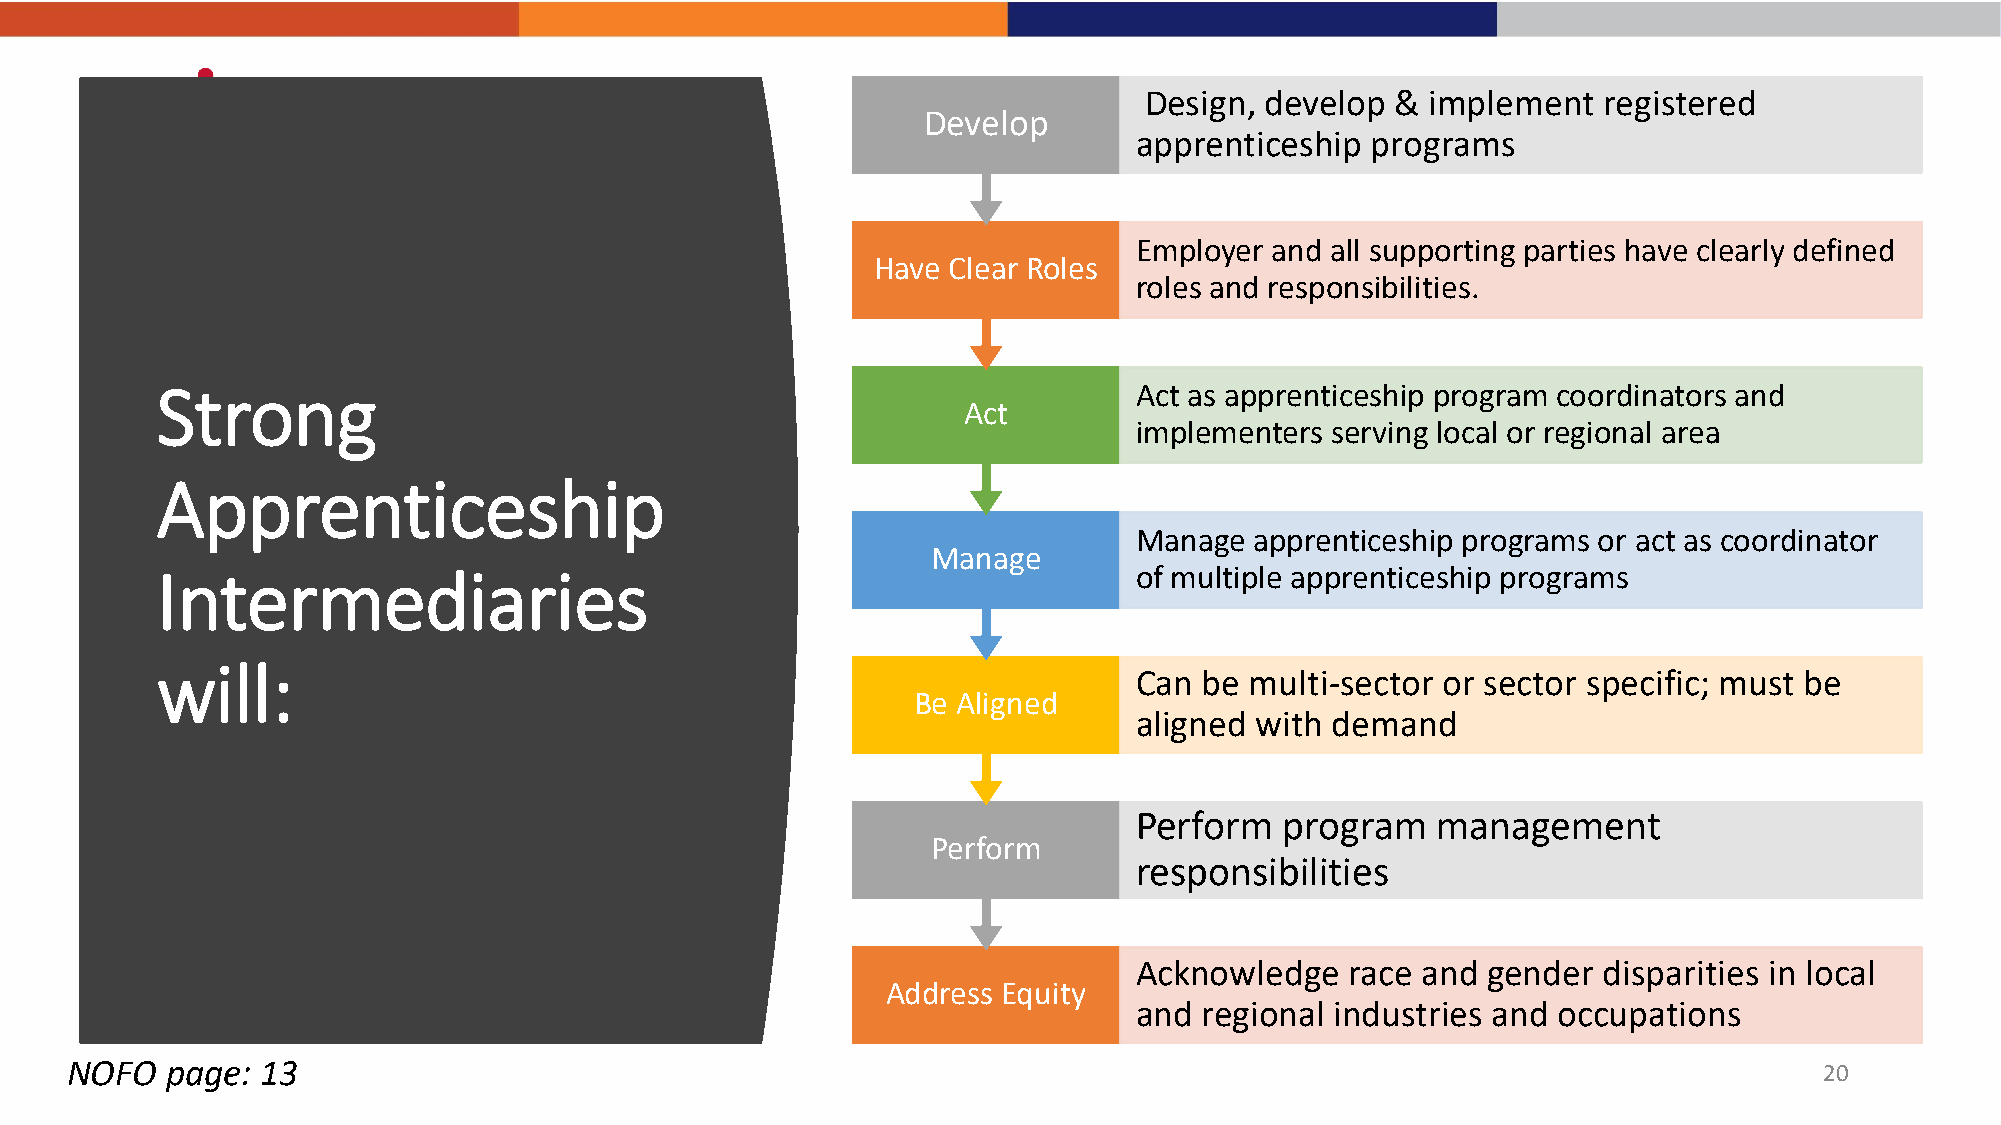
Design, develop &  implement  registered
 Develop
 apprenticeship  programs
 Employer and all supporting parties have clearly defined
 Have Clear Roles
 roles and responsibilities.
 Strong                                                           Act as apprenticeship program coordinators and
 Act
 implementers serving local or regional area
 Apprenticeship
 Manage  apprenticeship programs or act as coordinator
 Manage
 Intermediaries                                                   of multiple apprenticeship programs
 will:
 Can  be multi-sector or sector specific; must be
 Be Aligned
 aligned with demand
 Perform   program   management
 Perform
 responsibilities
 Acknowledge   race and gender  disparities in local
 Address Equity
 and  regional industries and occupations
 NOFO   page: 13                                                                                                      20